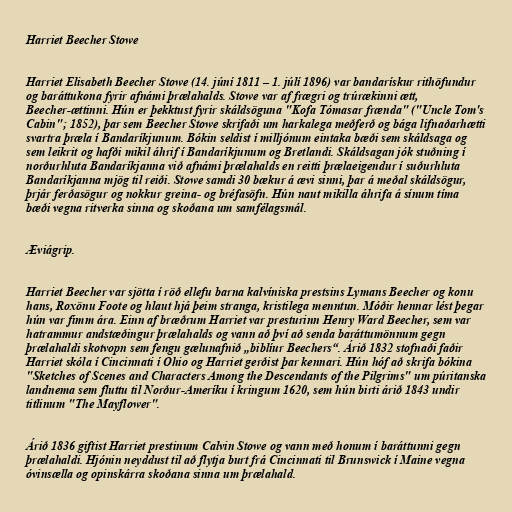
Harriet Beecher Stowe

Harriet Elisabeth Beecher Stowe (14. júní 1811 – 1. júlí 1896) var bandarískur rithöfundur
og baráttukona fyrir afnámi þrælahalds. Stowe var af frægri og trúrækinni ætt,
Beecher-ættinni. Hún er þekktust fyrir skáldsöguna "Kofa Tómasar frænda" ("Uncle Tom's
Cabin"; 1852), þar sem Beecher Stowe skrifaði um harkalega meðferð og bága lifnaðarhætti
svartra þræla í Bandaríkjunum. Bókin seldist í milljónum eintaka bæði sem skáldsaga og
sem leikrit og hafði mikil áhrif í Bandaríkjunum og Bretlandi. Skáldsagan jók stuðning í
norðurhluta Bandaríkjanna við afnámi þrælahalds en reitti þrælaeigendur í suðurhluta
Bandaríkjanna mjög til reiði. Stowe samdi 30 bækur á ævi sinni, þar á meðal skáldsögur,
þrjár ferðasögur og nokkur greina- og bréfasöfn. Hún naut mikilla áhrifa á sínum tíma
bæði vegna ritverka sinna og skoðana um samfélagsmál.

Æviágrip.

Harriet Beecher var sjötta í röð ellefu barna kalvíniska prestsins Lymans Beecher og konu
hans, Roxönu Foote og hlaut hjá þeim stranga, kristilega menntun. Móðir hennar lést þegar
hún var fimm ára. Einn af bræðrum Harriet var presturinn Henry Ward Beecher, sem var
hatrammur andstæðingur þrælahalds og vann að því að senda baráttumönnum gegn
þrælahaldi skotvopn sem fengu gælunafnið „biblíur Beechers“. Árið 1832 stofnaði faðir
Harriet skóla í Cincinnati í Ohio og Harriet gerðist þar kennari. Hún hóf að skrifa bókina
"Sketches of Scenes and Characters Among the Descendants of the Pilgrims" um púritanska
landnema sem fluttu til Norður-Ameríku í kringum 1620, sem hún birti árið 1843 undir
titlinum "The Mayflower".

Árið 1836 giftist Harriet prestinum Calvin Stowe og vann með honum í baráttunni gegn
þrælahaldi. Hjónin neyddust til að flytja burt frá Cincinnati til Brunswick í Maine vegna
óvinsælla og opinskárra skoðana sinna um þrælahald.